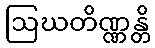
ဩဃတိဏ္ဏန္တိ